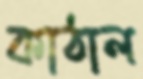
কাঠাল